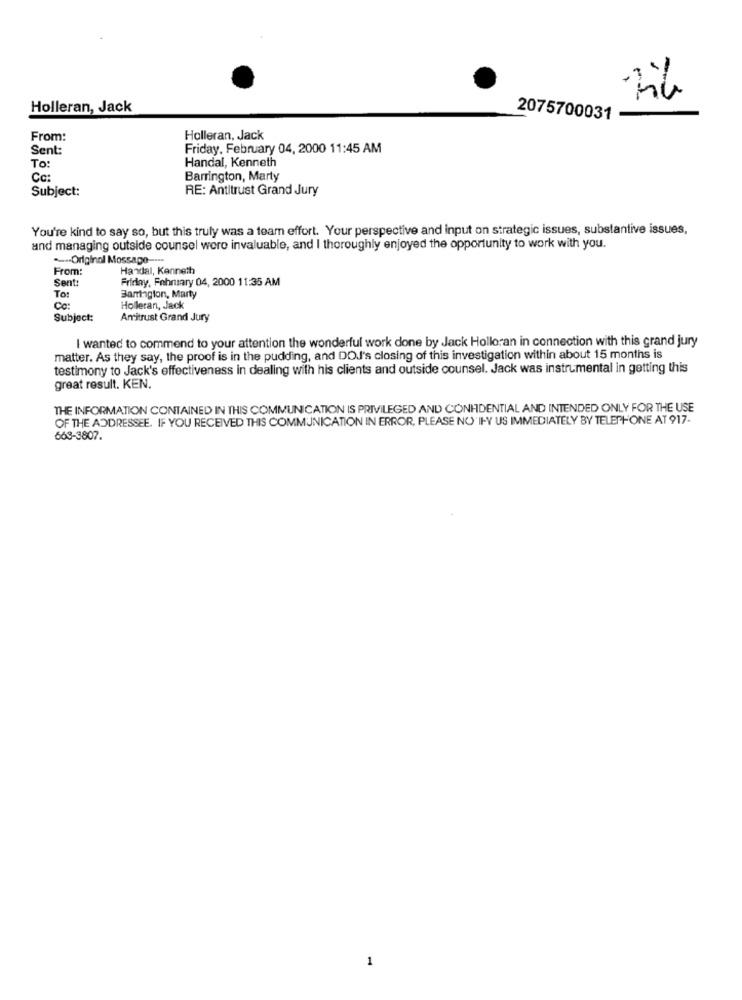
-
Holleran, Jack
2075700031
From:
Holleran, Jack
Sent:
Friday, February 04, 2000 11:45 AM
Handal, Kenneth
To:
Cc:
Barrington, Marty
Subject:
RE: Antitrust Grand Jury
You're kind to say so, but this truly was a team effort. Your perspective and input on strategic issues, substantive issues,
and managing outside counsel were invaluable, and I thoroughly enjoyed the opportunity to work with you.
--- Original Mossapo ----
From:
Handal, Kenneth
Sent:
Friday, February 04, 2000 11:35 AM
To:
Baringion, Marty
Cc:
Holleran, Jack
Subject:
Amitrust Grand Jury
I wanted to commend to your attention the wonderful work done by Jack Holloran in connection with this grand jury
matter. As they say, the proof is in the pudding, and DOJ's closing of this investigation within about 15 months is
testimony to Jack's effectiveness in dealing with his clients and outside counsel. Jack was instrumental in getting this
great result. KEN.
THE INFORMATION CONTAINED IN THIS COMMUNICATION IS PRIVILEGED AND CONHDENTIAL AND INTENDED ONLY FOR THE USE
OF THE ADDRESSEE. IF YOU RECEIVED THIS COMMUNICATION IN ERROR, PLEASE NO'IF-Y US IMMEDIATELY BY TELEPHONE AT 917-
663-3807.
1